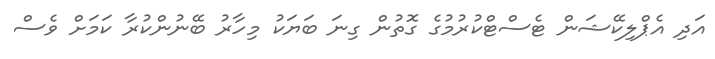
އަދި އެޕްލިކޭޝަން ޓެސްޓްކުރުމުގެ ގޮތުން ގިނަ ބަޔަކު މިހާރު ބޭނުންކުރާ ކަމަށް ވެސް